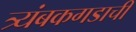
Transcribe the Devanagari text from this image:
त्र्यंबकगडाची